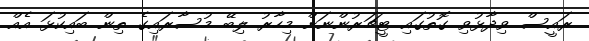
ރައީސް ވިދާޅުވި ގޮތުގައި ޓީޗަރުންނަށް މިހާރު ލިބޭ މުސާރައިގެ ތިން ބައިކުޅަ އެއް